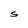
Character: S